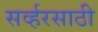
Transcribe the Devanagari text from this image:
सर्व्हरसाठी